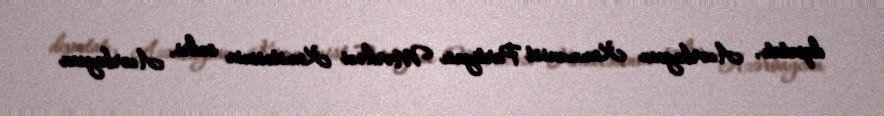
deputatı, Azərbaycan Kommunist Partiyası Mərkəzi Komitəsinin sədri, Azərbaycan